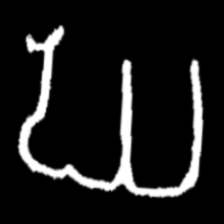
Pyu character \u2014 Myanmar letter: ဃ (romanized: gha)